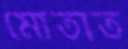
মোতাত